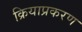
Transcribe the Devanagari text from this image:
क्रियाप्रकरण